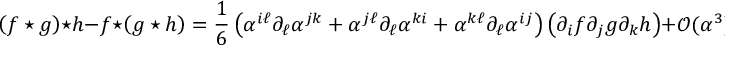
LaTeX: \left( f \star g \right) \star h - f \star \left( g \star h \right) = \frac { 1 } { 6 } \left( \alpha ^ { i \ell } \partial _ { \ell } \alpha ^ { j k } + \alpha ^ { j \ell } \partial _ { \ell } \alpha ^ { k i } + \alpha ^ { k \ell } \partial _ { \ell } \alpha ^ { i j } \right) \left( \partial _ { i } f \partial _ { j } g \partial _ { k } h \right) + \mathcal { O } ( \alpha ^ { 3 } ) .